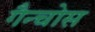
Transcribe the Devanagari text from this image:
गैन्चोस